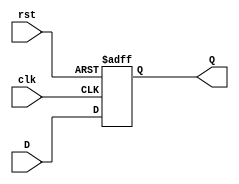
`timescale 1ns / 1ps
//////////////////////////////////////////////////////////////////////////////////
// Company: 
// Engineer: 
// 
// Design Name: 
// Module Name: dflipflop
// Project Name: 
// Target Devices: 
// Tool Versions: 
// Description: 
// 
// Dependencies: 
// 
// Revision:
// Revision 0.01 - File Created
// Additional Comments:
// 
//////////////////////////////////////////////////////////////////////////////////


module dflipflop
(input clk, input rst, input D, output reg Q);
 always @ (posedge clk or posedge rst)
 if (rst) begin
 Q <= 1'b0;
 end else begin
 Q <= D;
 end
endmodule